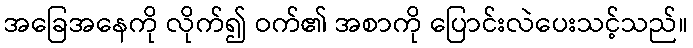
အခြေအနေကို လိုက်၍ ဝက်၏ အစာကို ပြောင်းလဲပေးသင့်သည်။